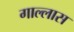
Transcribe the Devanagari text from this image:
गाल्लास